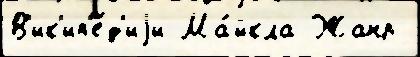
В'ик'ип'е́д'иjи Ма́йкла Жанр